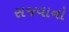
સજવાનો